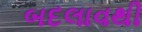
બદલાવથી